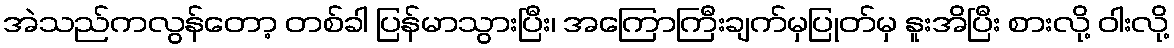
အဲသည်ကလွန်တော့ တစ်ခါ ပြန်မာသွားပြီး၊ အကြောကြီးချက်မှပြုတ်မှ နူးအိပြီး စားလို့ ဝါးလို့